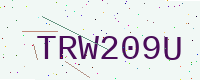
Text: TRW209U